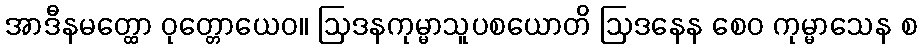
အာဒီနမတ္ထော ဝုတ္တောယေဝ။ ဩဒနကုမ္မာသူပစယောတိ ဩဒနေန စေဝ ကုမ္မာသေန စ